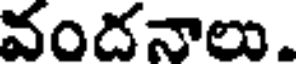
వందనాలు.